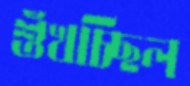
শুঁখচ্ছিল